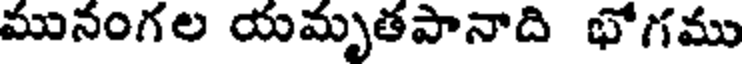
మునంగల యమృతపానాది భోగము